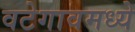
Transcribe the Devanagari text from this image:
वटेगावमध्ये